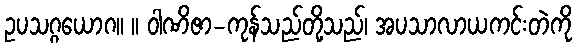
ဥပသဂ္ဂယောဂ။ ။ ဝါဏိဇာ-ကုန်သည်တို့သည်၊ အပသာလာယကင်းတဲကို